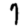
Digit: 7